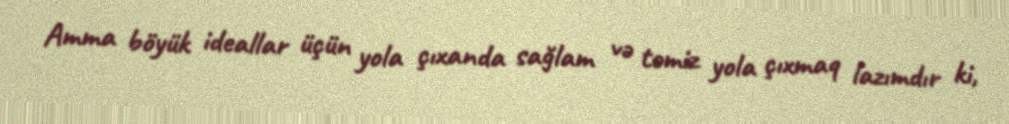
Amma böyük ideallar üçün yola çıxanda sağlam və təmiz yola çıxmaq lazımdır ki,